Jaan_Tonisson_(Lasteleht), lk 27
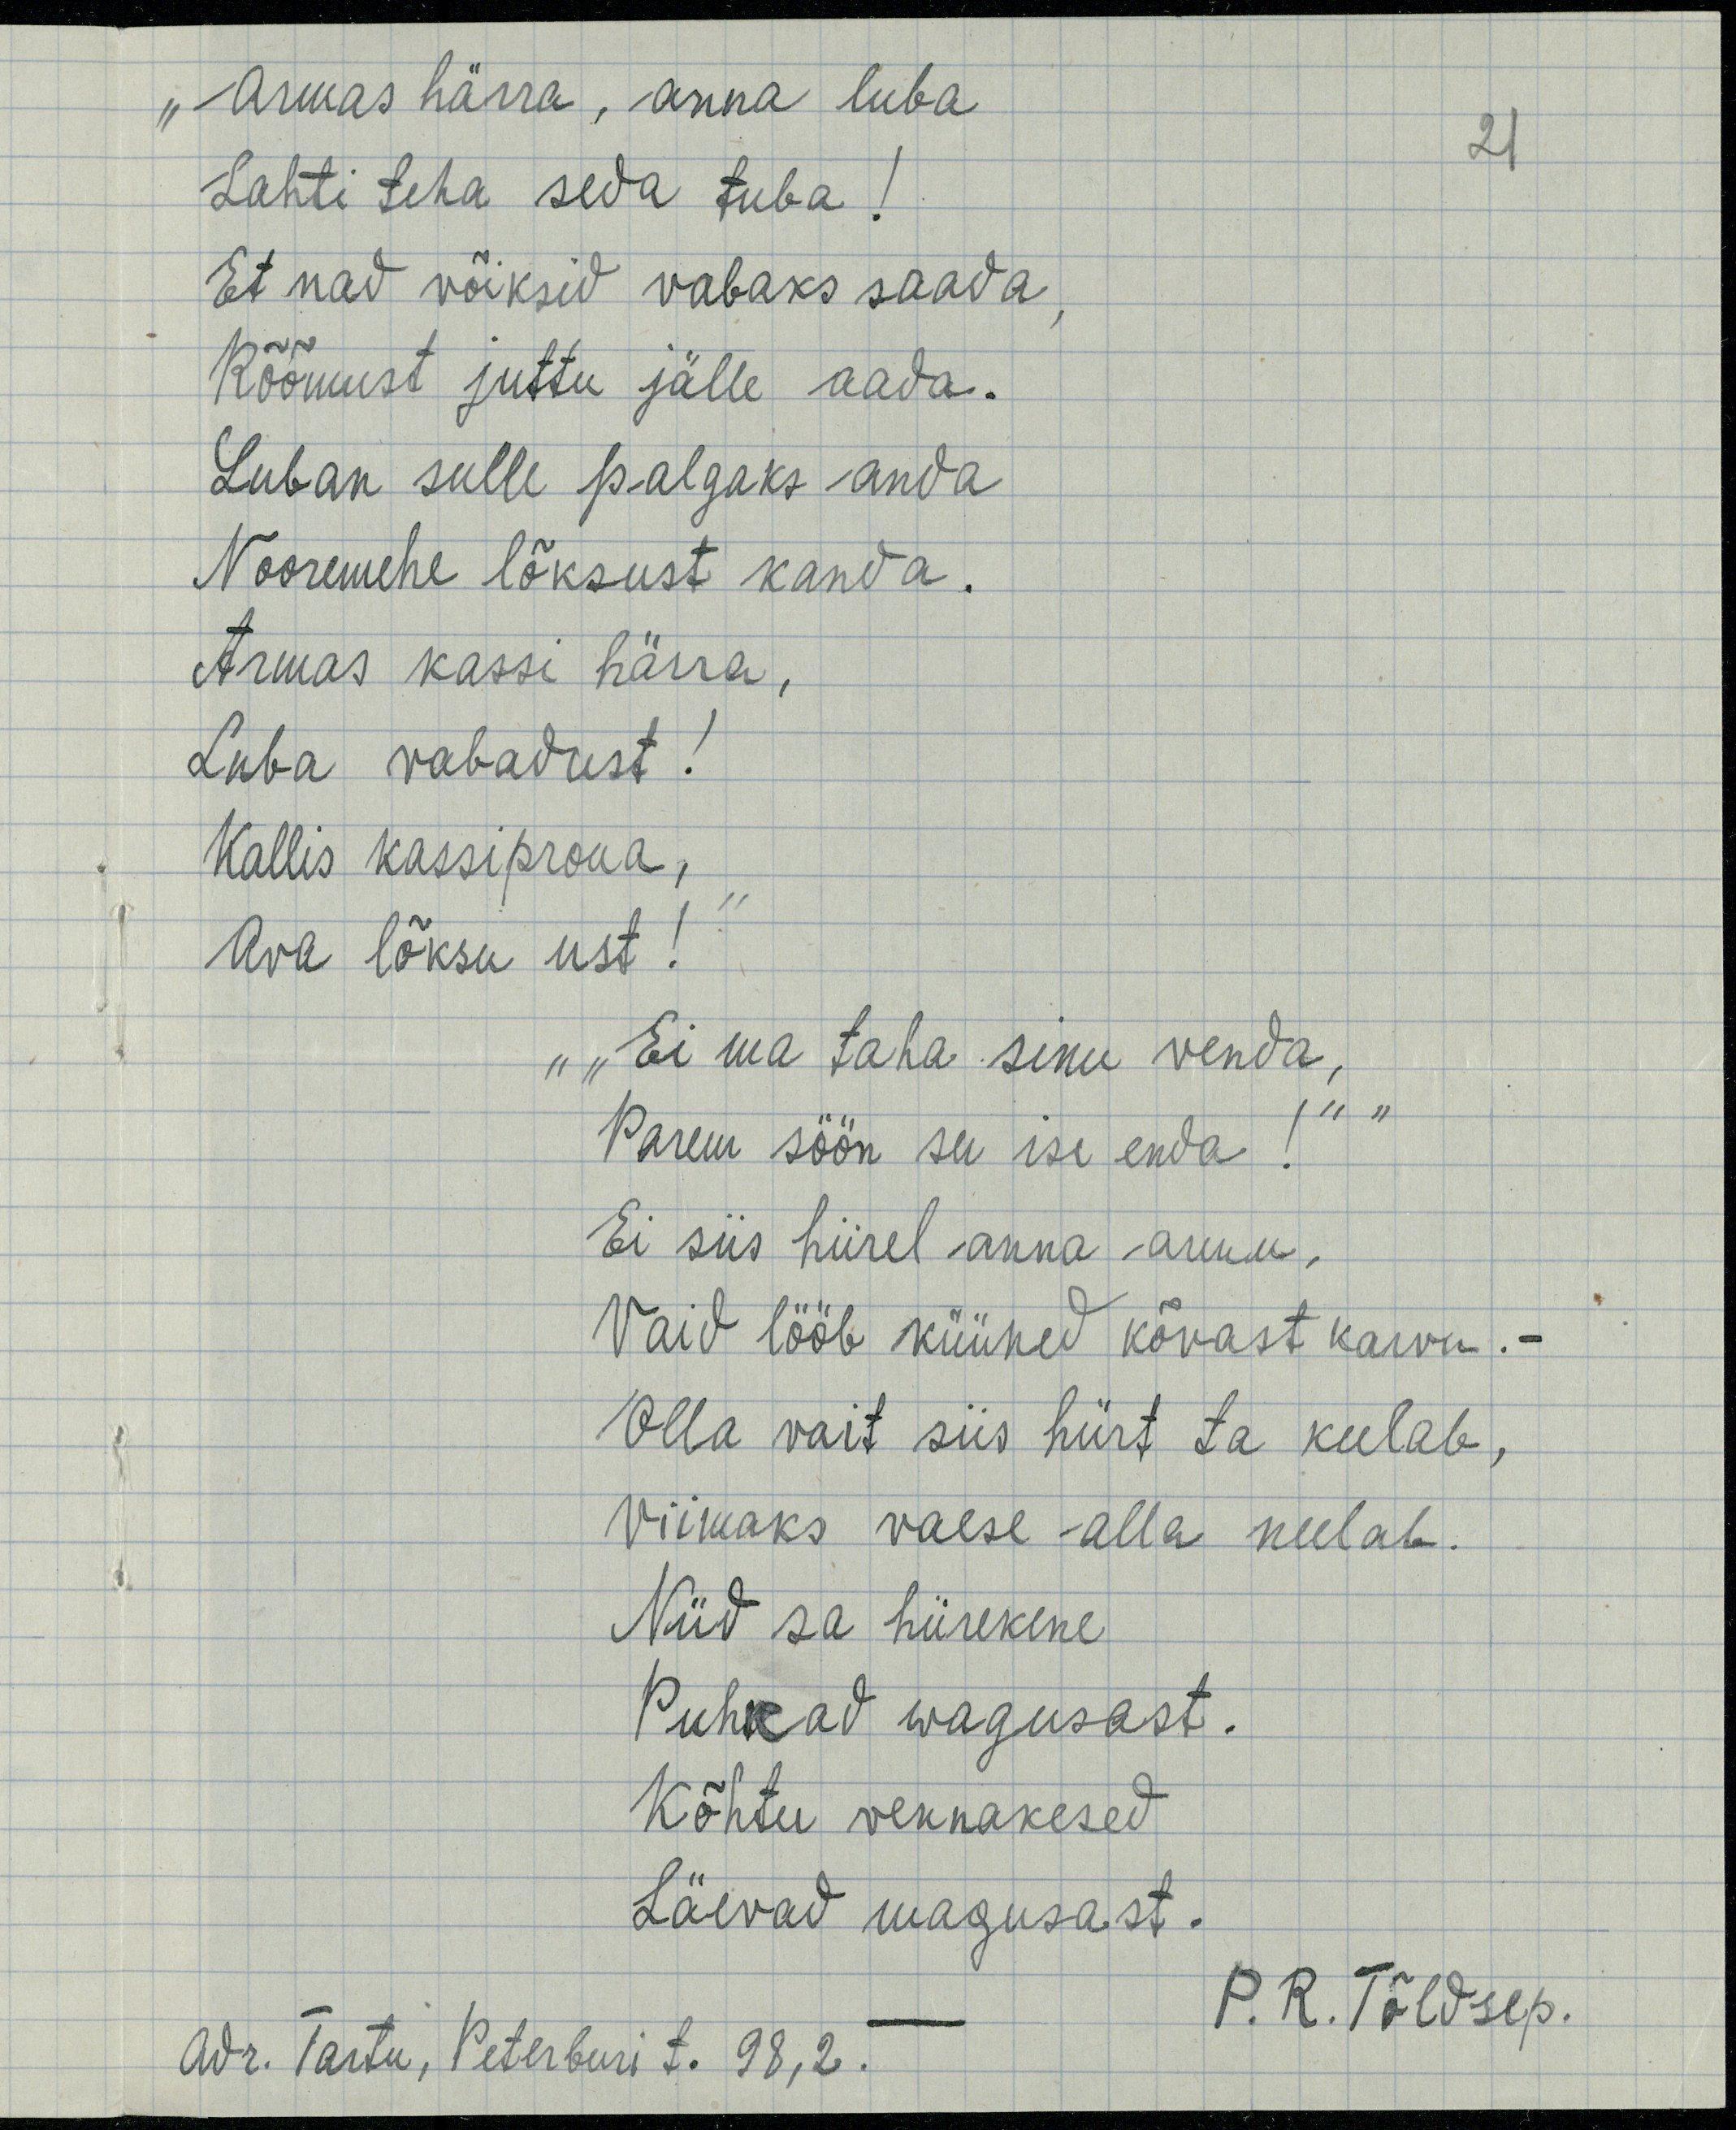
„Armas härra, anna luba
Lahti teha seda tuba!
Et nad võiksid vabaks saada,
Rõõmust juttu jälle aada.
Luban sulle palgaks anda
Nooremehe lõksust kanda.
Armas kassi härra,
Luba vabadust!
Kallis kassiproua,
Ava lõksu ust!“
„„Ei ma taha sinu venda,
Parem söön su ise enda!““
Ei siis hiirel anna armu,
Vaid lööb küüned kõvast karvu
Olla vait siis hiirt ta keelab,
Viimaks vaese alla neelab.
Nüüd sa hiirekene
Puhkad wagusast.
Kõhtu vennakesed
Läevad magusast.
P. R. Tõldsep.
Adr. Tartu, Peterburi t. 98,2.